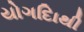
યોગદાિથી